Annual report on the working of the mental hospitals in the Madras Presidency - 1912-1932
Year: 1912
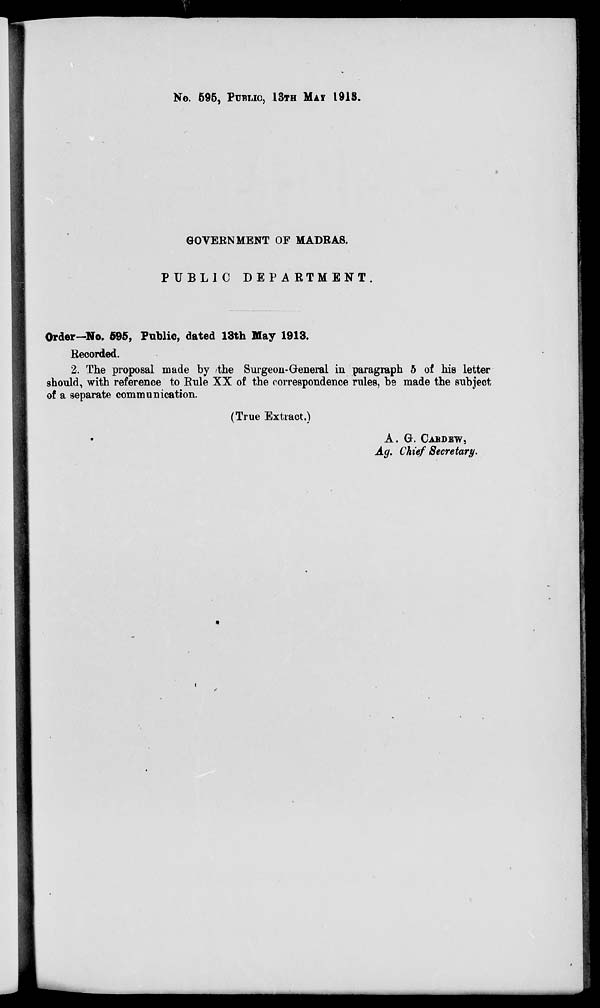
No. 595, PUBLIC, 13TH MAF 1918.
GOVEENMENT OF MADRAS.
PUBLIC DEPARTMENT
Order—No. 595, Public, dated 13th May 1913.
Recorded.
2. The proposal made by /the Surgeon-General in paragraph 5 of his letter
should, with reference to Rule XX of the correspondence rules, be made the subject
of a separate communication.
(True Extract.)
A. G. CABDEW,
Ag. Chief Secretary.
1